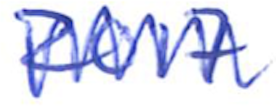
Text: 2017
Cross-out: zig-zag
Writing tool: ballpoint